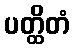
ပတ္ထိတံ